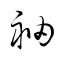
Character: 袖